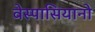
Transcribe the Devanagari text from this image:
वेस्पासियानो